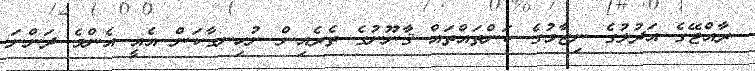
ރާއްޖޭގެ އަދުލުގެ ނިޒާމުގެ ކަންތައްތައް ޤާނޫނުގެ ތެރެއިން ނުހިނގާކަން އެއީ އެންމެ ދަންނަ